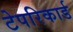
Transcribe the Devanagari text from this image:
टेपरिकार्ड